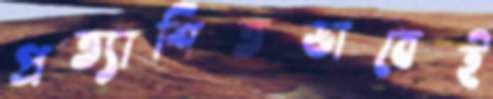
প্রত্যাশিতভাবেই